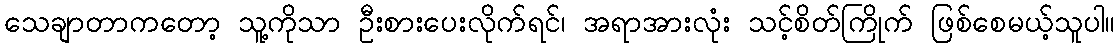
သေချာတာကတော့ သူ့ကိုသာ ဦးစားပေးလိုက်ရင်၊ အရာအားလုံး သင့်စိတ်ကြိုက် ဖြစ်စေမယ့်သူပါ။